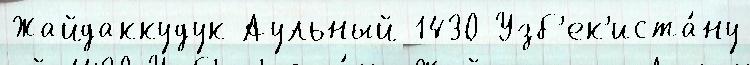
Жайдаккудук Аульный 1430 Узб'ек'иста́ну